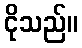
ငိုသည်။